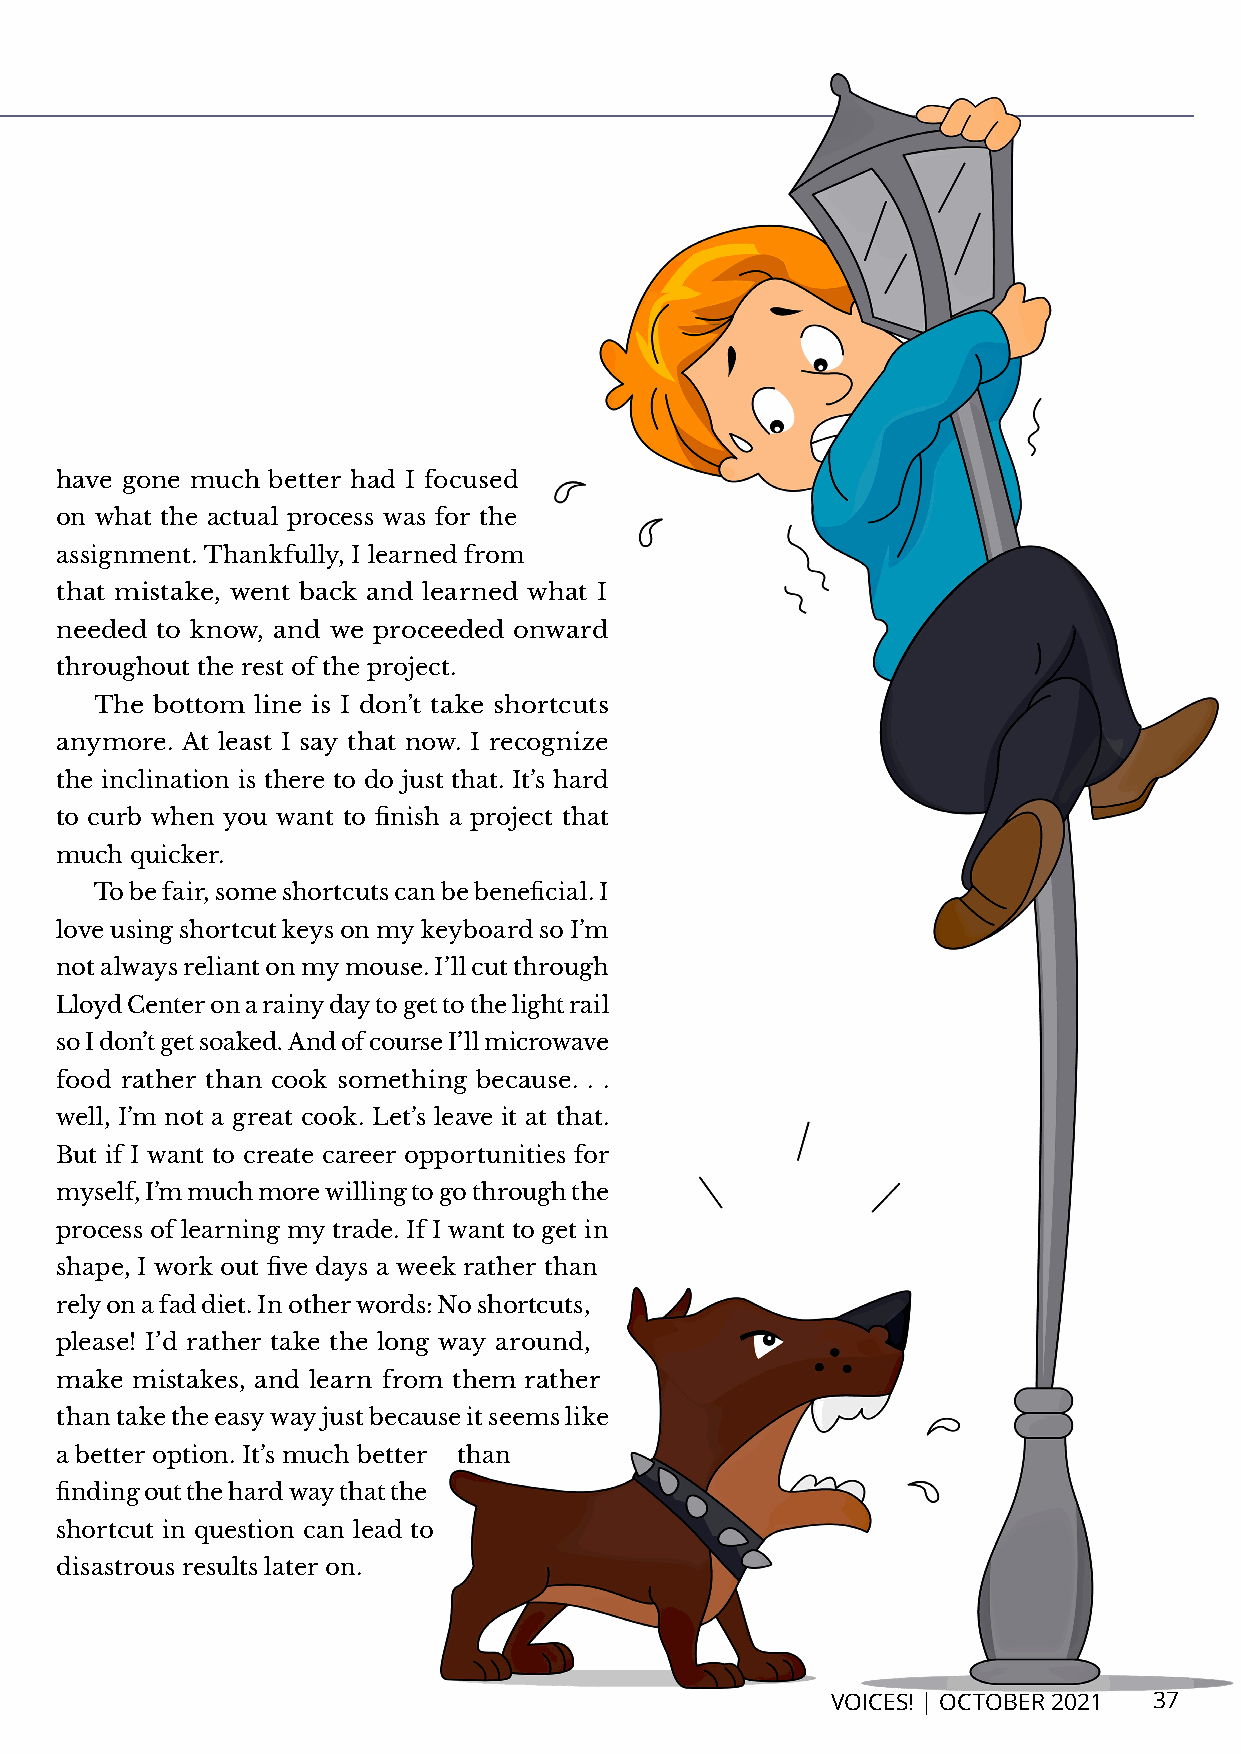
have gone much better had I focused
 on what the actual process was for the
 assignment. Thankfully, I learned from
 that mistake, went back and learned what I
 needed to know, and we proceeded onward
 throughout the rest of the project.
 The bottom line is I don’t take shortcuts
 anymore. At least I say that now. I recognize
 the inclination is there to do just that. It’s hard
 to curb when you want to finish a project that
 much quicker.
 To be fair, some shortcuts can be beneficial. I
 love using shortcut keys on my keyboard so I’m
 not always reliant on my mouse. I’ll cut through
 Lloyd Center on a rainy day to get to the light rail
 so I don’t get soaked. And of course I’ll microwave
 food rather than cook something because. . .
 well, I’m not a great cook. Let’s leave it at that.
 But if I want to create career opportunities for
 myself, I’m much more willing to go through the
 process of learning my trade. If I want to get in
 shape, I work out five days a week rather than
 rely on a fad diet. In other words: No shortcuts,
 please! I’d rather take the long way around,
 make mistakes, and learn from them rather
 than take the easy way just because it seems like
 a better option. It’s much better than
 finding out the hard way that the
 shortcut in question can lead to
 disastrous results later on.
 VOICES! | OCTOBER 2021 37